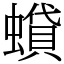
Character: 蟘